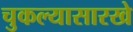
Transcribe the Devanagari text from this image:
चुकल्यासारखे